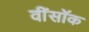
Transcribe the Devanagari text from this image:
वींसॉक